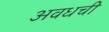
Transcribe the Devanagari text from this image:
अवधची